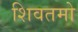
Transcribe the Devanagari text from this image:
शिवतमो